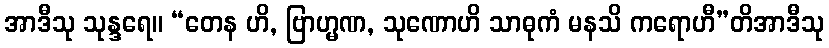
အာဒီသု သုန္ဒရေ။ “တေန ဟိ, ဗြာဟ္မဏ, သုဏောဟိ သာဓုကံ မနသိ ကရောဟီ”တိအာဒီသု